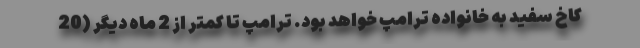
کاخ سفید به خانواده ترامپ خواهد بود. ترامپ تا کمتر از 2 ماه دیگر (20